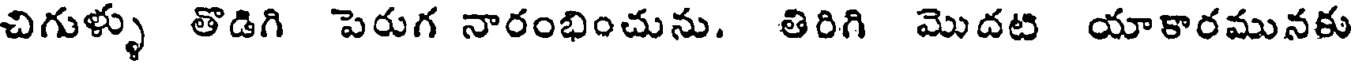
చిగుళ్ళు తొడిగి పెరుగ నారంభించును. తిరిగి మొదటి యాకారమునకు